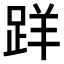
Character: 𨀘